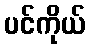
ပင်ကိုယ်